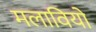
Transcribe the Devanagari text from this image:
मलावियों